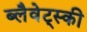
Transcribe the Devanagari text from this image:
ब्लैवेट्स्की